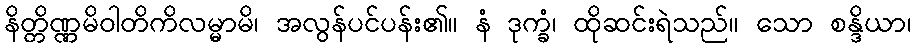
နိတ္တိဏ္ဏမိဝါတိကိလမ္မာမိ၊ အလွန်ပင်ပန်း၏။ နံ ဒုက္ခံ၊ ထိုဆင်းရဲသည်။ သော စန္ဒိယာ၊